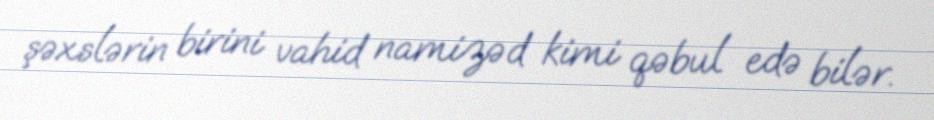
şəxslərin birini vahid namizəd kimi qəbul edə bilər.